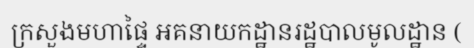
ក្រសួងមហាផ្ទៃ អគនាយកដ្ឋានរដ្ឋបាលមូលដ្ឋាន (